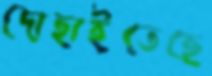
দোহাইতেছে